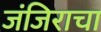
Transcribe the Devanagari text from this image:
जंजिराचा